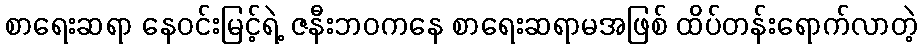
စာရေးဆရာ နေဝင်းမြင့်ရဲ့ ဇနီးဘဝကနေ စာရေးဆရာမအဖြစ် ထိပ်တန်းရောက်လာတဲ့